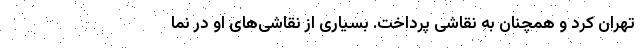
تهران کرد و همچنان به نقاشی پرداخت. بسیاری از نقاشی‌های او در نما